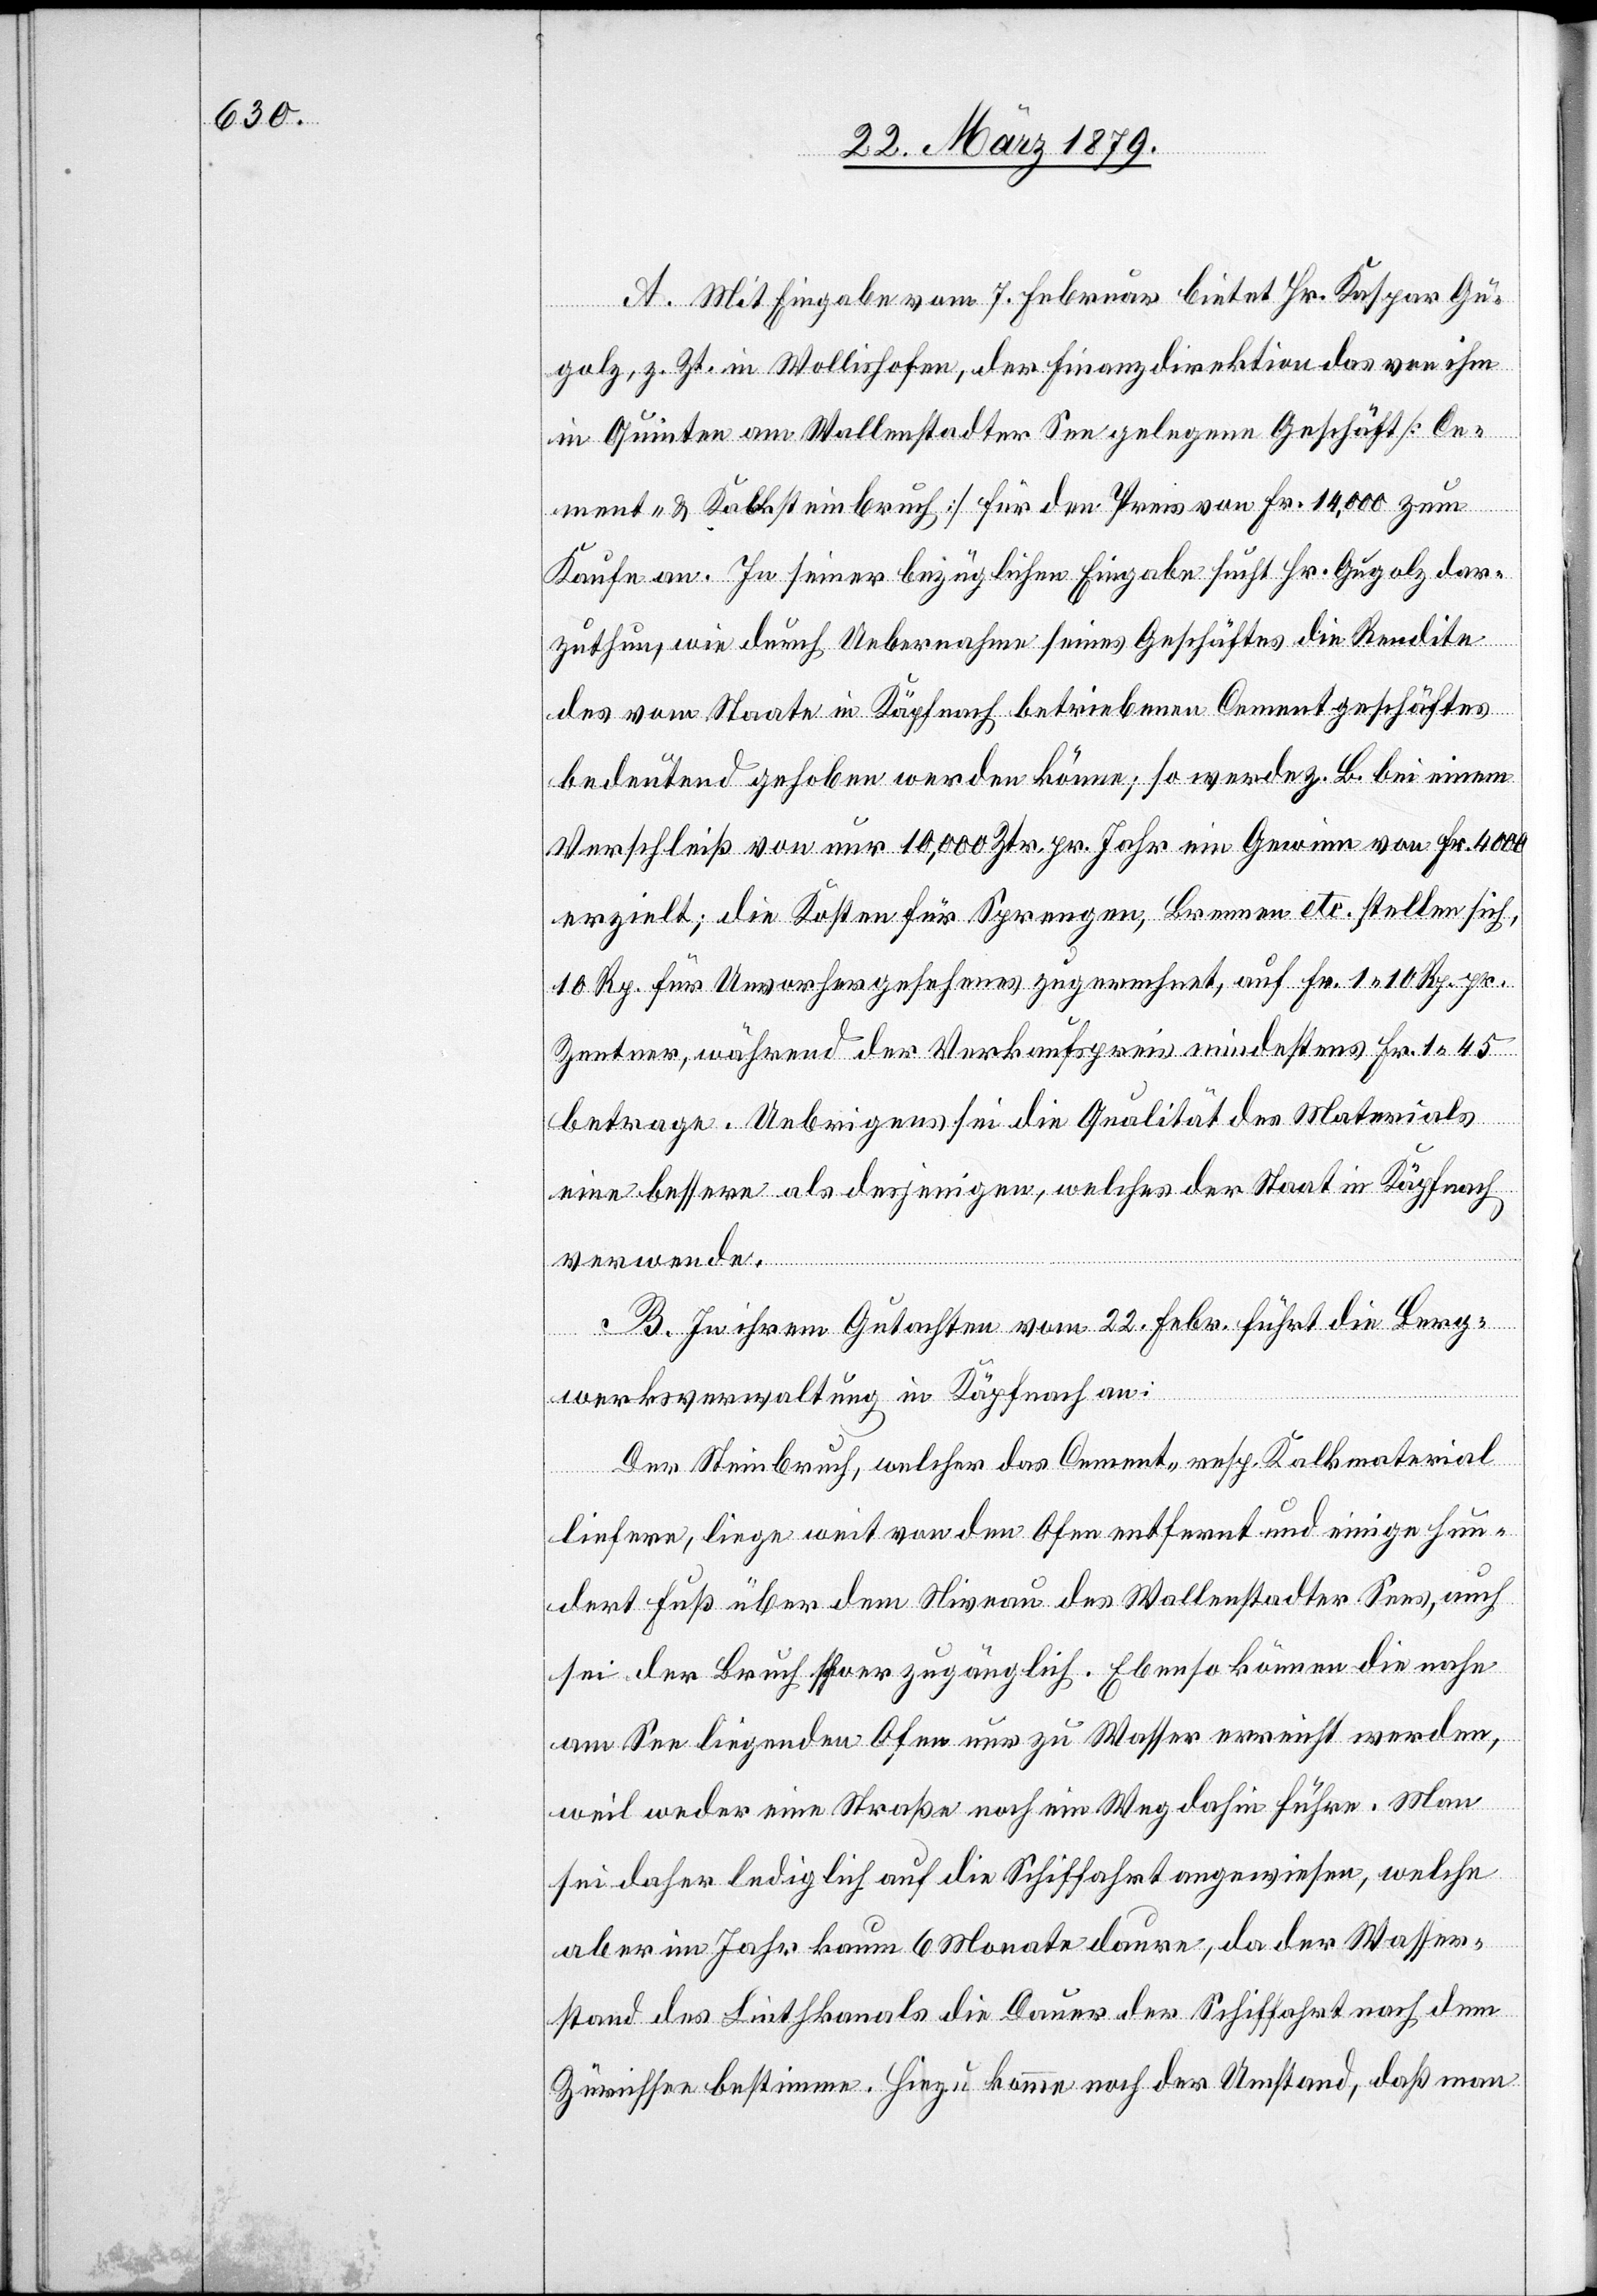
A. Mit Eingabe vom 7. Februar bietet Hr. Kaspar Gu¬
golz, z. Zt. in Wollishofen, der Finanzdirektion das von ihm
in Quinten am Wallenstadter See gelegene Geschäft [Ce¬
ment- & Kalksteinbruch] für den Preis von Fr. 14,000 zum
Kaufe an. In seiner bezüglichen Eingabe sucht Hr. Gugolz dar¬
zuthun, wie durch Uebernahme seines Geschäftes die Rendite
des vom Staate in Käpfnach betriebenen Cementgeschäftes
bedeutend gehoben werden könne; so werde z. B. bei einem
Verschleiß von nur 10,000 Ztr. pr. Jahr ein Gewinn von Fr. 4000
erzielt; die Kosten für Sprengen, Brennen etc. stellen sich,
10 Rp. für Unvorhergesehenes zugerechnet, auf Fr. 1 10 Rp. pr.
Zentner, während der Verkaufspreis mindestens Fr. 1 45
betrage. Uebrigens sei die Qualität des Materials
eine bessere als desjenigen, welches der Staat in Käpfnach
verwende.
B. In ihrem Gutachten vom 22. Febr. führt die Berg¬
werksverwaltung in Käpfnach an:
Der Steinbruch, welcher das Cement- resp. Kalkmaterial
liefere, liege weit von dem Ofen entfernt und einige Hun¬
dert Fuß über dem Niveau des Wallenstadter Sees, auch
sei der Bruch schwer zugänglich. Ebenso können die nahe
am See liegenden Ofen nur zu Wasser erreicht werden,
weil weder eine Straße noch ein Weg dahin führe. Man
sei daher lediglich auf Schiffahrt angewiesen, welche
aber im Jahr kaum 6 Monate daure, da der Wasser¬
stand des Linthkanals die Dauer der Schiffahrt nach dem
Zürichsee bestimme. Hiezu komme noch der Umstand, daß man